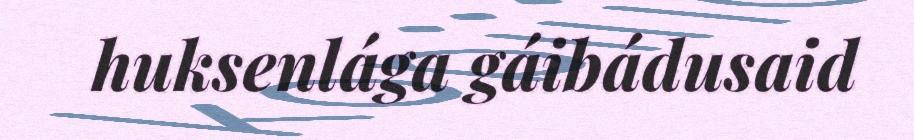
huksenlága gáibádusaid